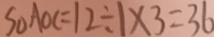
S _ { \Delta } A O C = 1 2 \div 1 \times 3 = 3 6